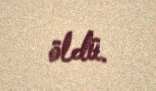
öldü.